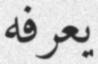
يعرفه